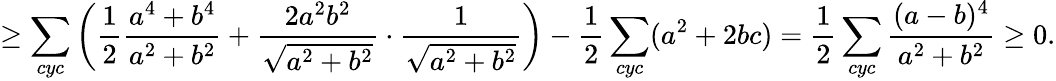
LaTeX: \geq\sum_{cyc}\left(\frac{1}{2}\frac{a^{4}+b^{4}}{a^{2}+b^{2}}+\frac{2a^{2}b^{2}}{\sqrt{a^{2}+b^{2}}}\cdot\frac{1}{\sqrt{a^{2}+b^{2}}}\right)-\frac{1}{2}\sum_{cyc}(a^{2}+2bc)=\frac{1}{2}\sum_{cyc}\frac{(a-b)^{4}}{a^{2}+b^{2}}\geq 0.